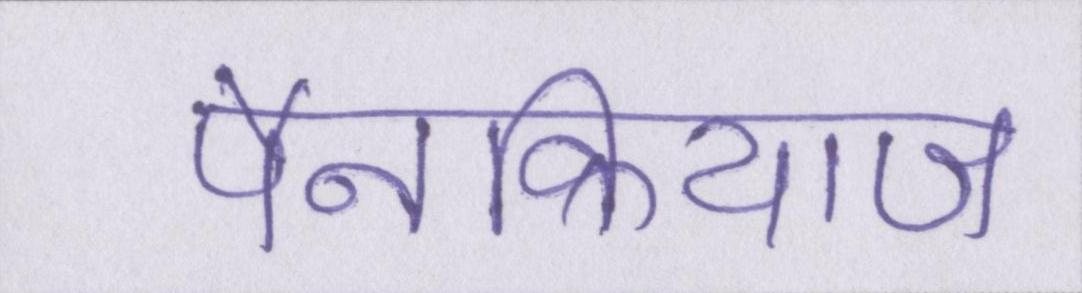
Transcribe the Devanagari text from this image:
पैनक्रियाज